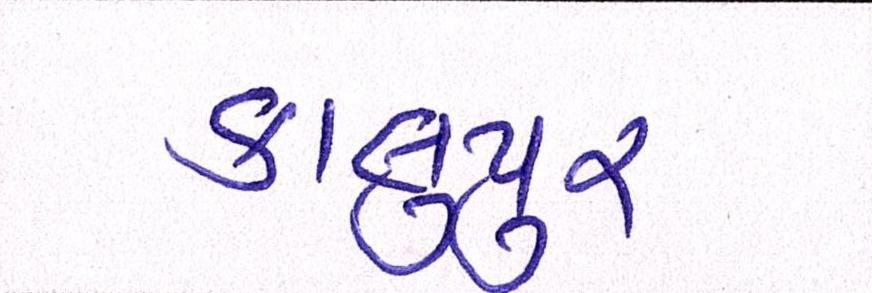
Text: કાલુપુર